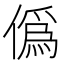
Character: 僞